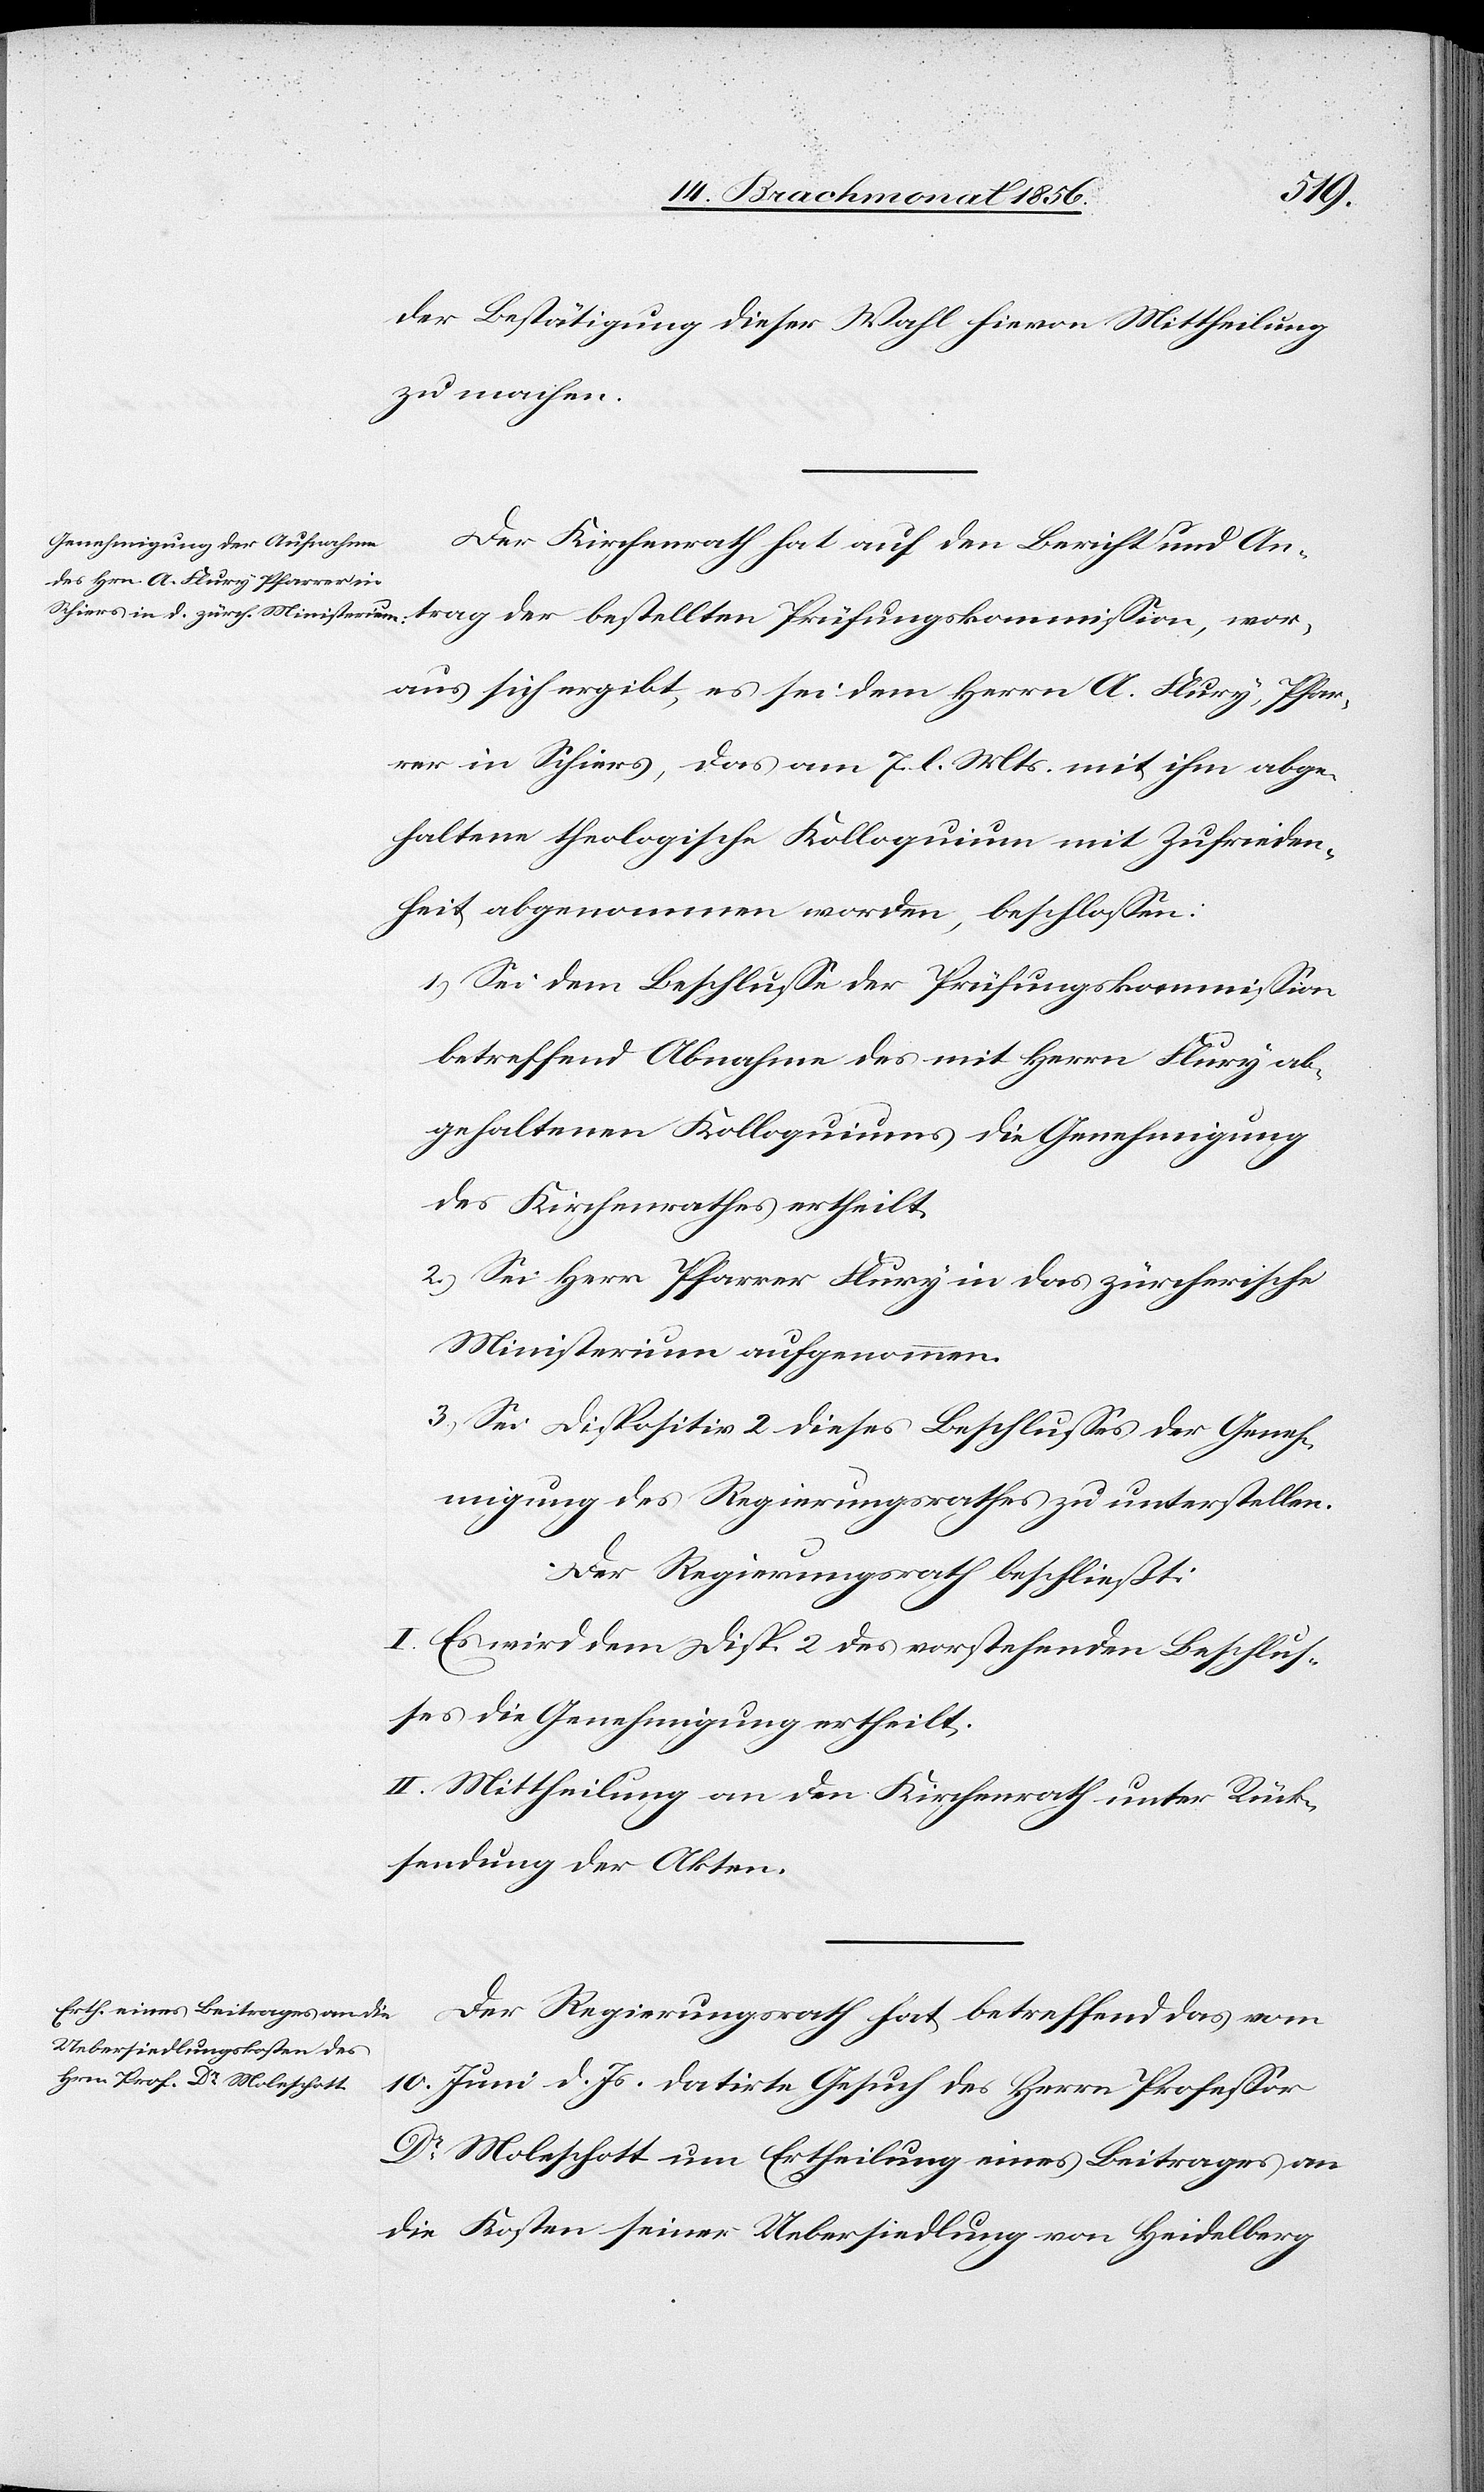
der
wor¬
der Bestätigung dieser Wahl hievon Mittheilung
zu machen.
Der Kirchenrath hat auf den Bericht und An¬
aus sich ergibt, es sei dem Herrn A. Flury, Pfar¬
rer in Schiers, das am 7. l. Mts. mit ihm abge¬
haltene theologische Kolloquium mit Zufrieden¬
heit abgenommen worden, beschlossen:
1.) Sei dem Beschlusse der Prüfungskommission
betreffend Abnahme des mit Herrn Flury ab¬
gehaltenen Kolloquiums die Genehmigung
des Kirchenrathes ertheilt.
2.) Sei Herr Pfarrer Flury in das zürcherische
Ministerium aufgenommen.
3.) Sei Dispositiv 2 dieses Beschlusses der Geneh¬
migung des Regierungsrathes zu unterstellen.
Der Regierungsrath beschließt:
I. Es wird dem Disp. 2 des vorstehenden Beschlus¬
ses die Genehmigung ertheilt.
II. Mittheilung an den Kirchenrath unter Rück¬
sendung der Akten.
Der Regierungsrath hat betreffend das vom
10. Juni d. Js. datirte Gesuch des Herrn Professor
Dr Moleschott um Ertheilung eines Beitrages an
die Kosten seiner Uebersiedlung von Heidelberg